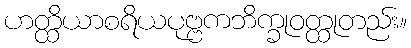
ဟတ္ထိယာစရိယပုဗ္ဗကဘိက္ခုဝတ္ထုတည်း။